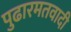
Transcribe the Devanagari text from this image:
पुढारमतवादी